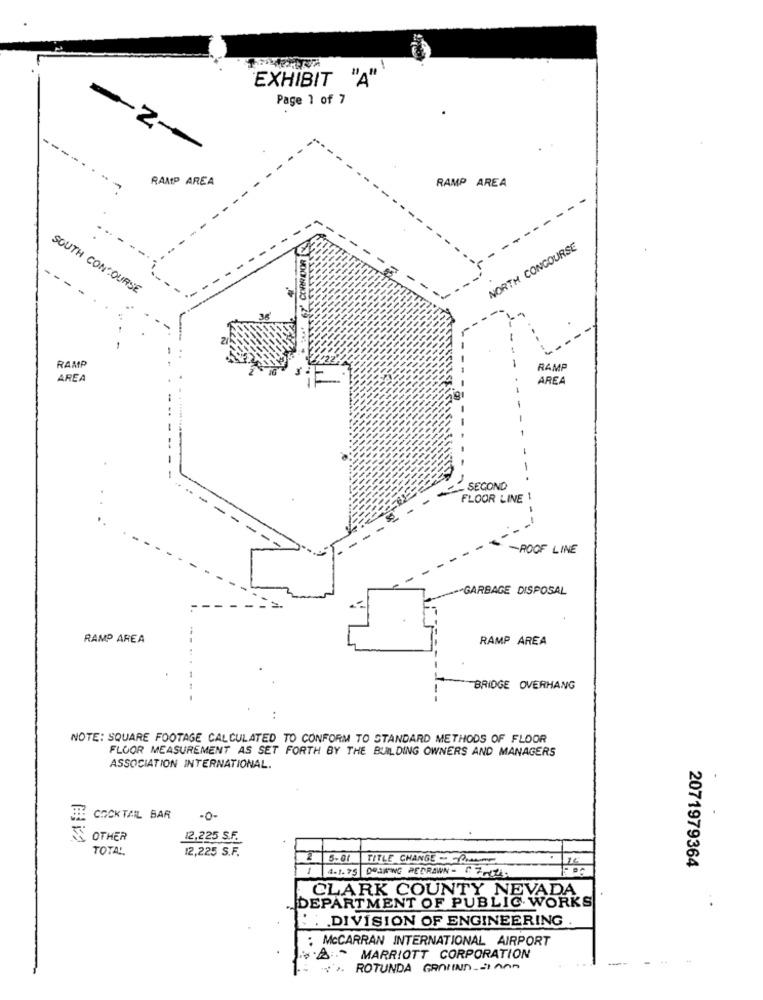
EXHIBIT
"A"
Page 1 of 7
-2-
RAMP AREA
RAMP AREA
CORRIDOR
NORTH CONCOURSE
SOUTH CONCOURSE
RAMP
-
RAMP
AREA
AREA
SECOND
FLOOR LINE 1
-ROOF LINE
-GARBAGE DISPOSAL
RAMP AREA
RAMP AREA
BRIDGE OVERHANG
NOTE: SQUARE FOOTAGE CALCULATED TO CONFORM TO STANDARD METHODS OF FLOOR
FLOOR MEASUREMENT AS SET FORTH BY THE BUILDING OWNERS AND MANAGERS
ASSOCIATION INTERNATIONAL.
COCKTAIL BAR
-o-
OTHER
12,225 S.F.
TOTAL
12,225 S.F.
2
5-01
TITLE CHANGE - PONTE
1 4.1.75 093KWG PEDRAWN- C7-74.
2071979364
ADA
CLARK COUNTY NEY
DEPARTMENT OF PUBLIC WORKS
. .
. DIVISION OF ENGINEERING
: McCARRAN INTERNATIONAL AIRPORT
MARRIOTT CORPORATION
ROTUNDA GRAUIND JIAn